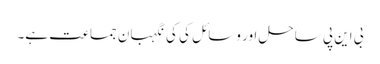
بی این پی ساحل اور وسائل کی کی نگہبان جماعت ہے۔